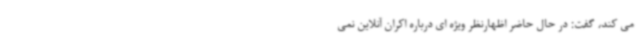
می کند، گفت: در حال حاضر اظهارنظر ویژه ای درباره اکران آنلاین نمی